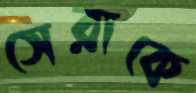
সেরাকে